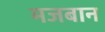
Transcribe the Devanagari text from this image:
मजबान